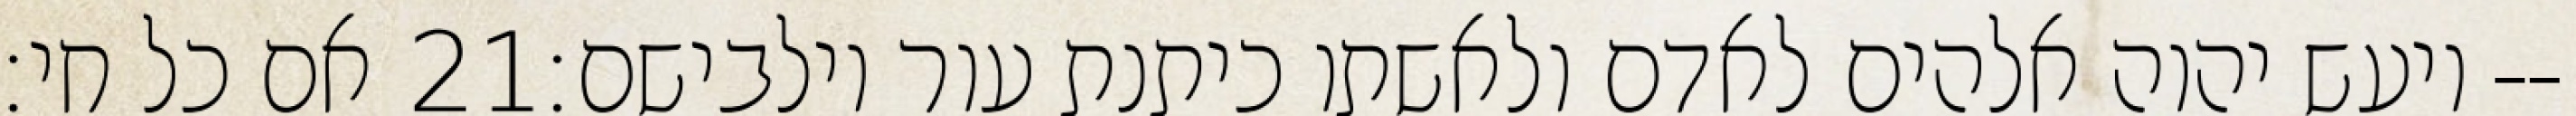
אם כל חי׃ ‎21‏ ויעש יהוה אלהים לאדם ולאשתו כיתנת עור וילבישם׃--